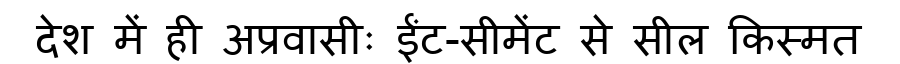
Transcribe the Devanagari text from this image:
देश में ही अप्रवासीः ईंट-सीमेंट से सील किस्मत